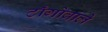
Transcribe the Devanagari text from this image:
टाँगोवाले